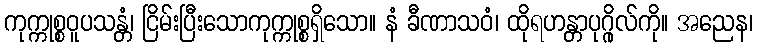
ကုက္ကုစ္စဝူပသန္တံ၊ ငြိမ်းပြီးသောကုက္ကုစ္စရှိသော။ နံ ခီဏာသဝံ၊ ထိုရဟန္တာပုဂ္ဂိုလ်ကို။ အညေန၊